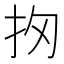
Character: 𢪣